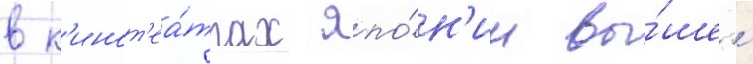
в к'инот'еа́трах япо́н'ии вы́шел